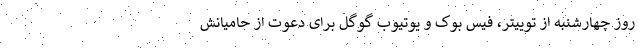
روز چهارشنبه از توییتر، فیس بوک و یوتیوب گوگل برای دعوت از حامیانش